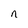
Character: n